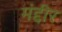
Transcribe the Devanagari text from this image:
मंद्दीर